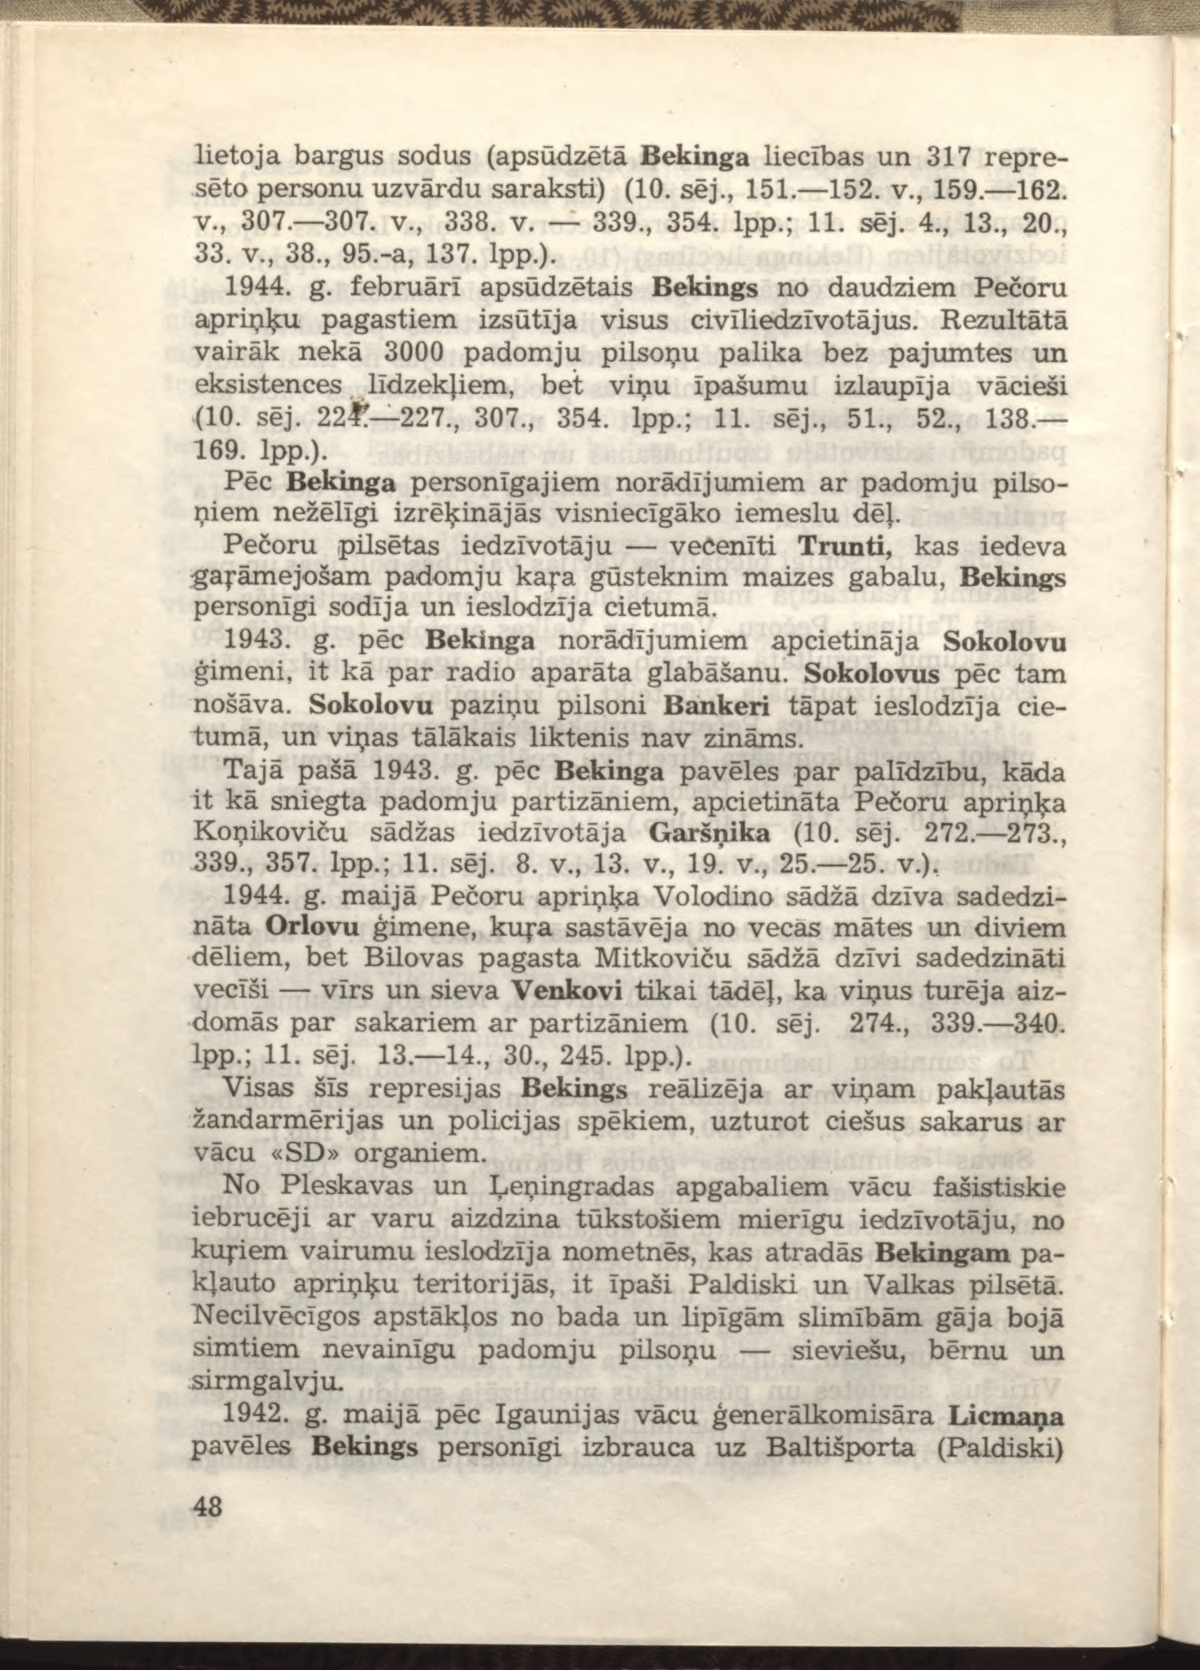
Language: lv